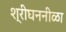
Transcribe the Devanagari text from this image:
श्रीघननीळा